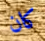
كان